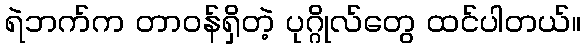
ရဲဘက်က တာဝန်ရှိတဲ့ ပုဂ္ဂိုလ်တွေ ထင်ပါတယ်။